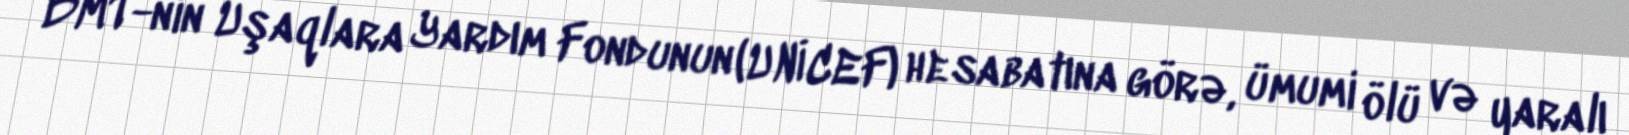
BMT-nin Uşaqlara Yardım Fondunun (UNİCEF) hesabatına görə, ümumi ölü və yaralı